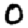
Digit: 0